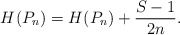
\begin{align*}H^{}(P_n) = H(P_n) + \frac{S-1}{2n}. \end{align*}